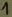
Text: 1